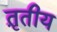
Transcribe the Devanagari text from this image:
त़ृतीय